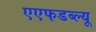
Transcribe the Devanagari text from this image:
एएफडब्ल्‍यू